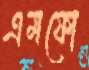
এমফো